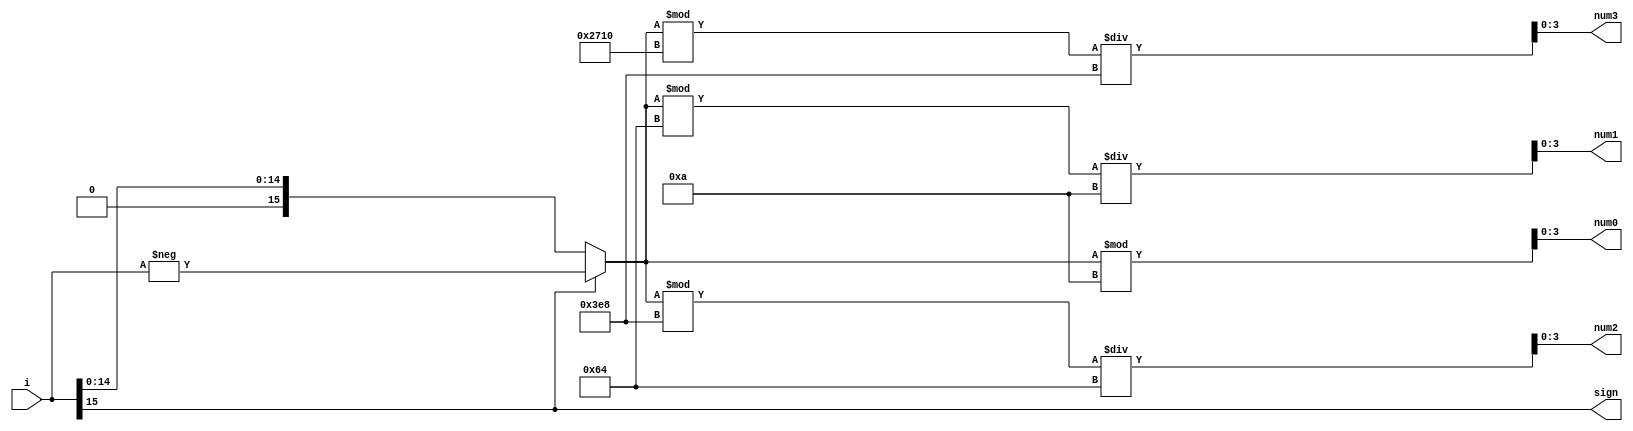
`timescale 1ns / 1ps
//////////////////////////////////////////////////////////////////////////////////
// Company: 
// Engineer: 
// 
// Design Name: 
// Module Name: intToDigit
// Project Name: 
// Target Devices: 
// Tool Versions: 
// Description: 
// 
// Dependencies: 
// 
// Revision:
// Revision 0.01 - File Created
// Additional Comments:
// 
//////////////////////////////////////////////////////////////////////////////////


module intToDigit(
    output [3:0] num3,
    output [3:0] num2,
    output [3:0] num1,
    output [3:0] num0,
    output sign,
    input signed [15:0] i
    );
    
    reg signed [15:0] ttt;
    assign sign = i[15];
    
    reg signed [3:0] a,b,c,d;
    
    assign num3 = a;
    assign num2 = b;
    assign num1 = c;
    assign num0 = d;
    
    always @(i) begin
        if (sign) ttt = -i;
        else ttt = i;
        a = (ttt%10000)/1000;
        b = (ttt%1000)/100;
        c = (ttt%100)/10;
        d = ttt%10;
    end
endmodule